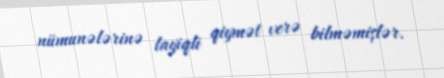
nümunələrinə layiqli qiymət verə bilməmişlər.